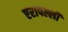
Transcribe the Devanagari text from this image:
एरापल्ली